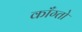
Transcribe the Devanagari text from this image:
काँग्तो